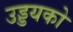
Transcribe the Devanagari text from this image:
उड्डयको